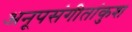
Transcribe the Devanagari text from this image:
अनूपसंगीतांकुश